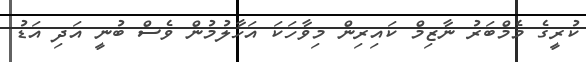
ކުރީގެ މެމްބަރު ނާޒިމް ކައިރިން މިވާހަކަ އަހާލުމުން ވެސް ބުނީ އަދި އަޑު